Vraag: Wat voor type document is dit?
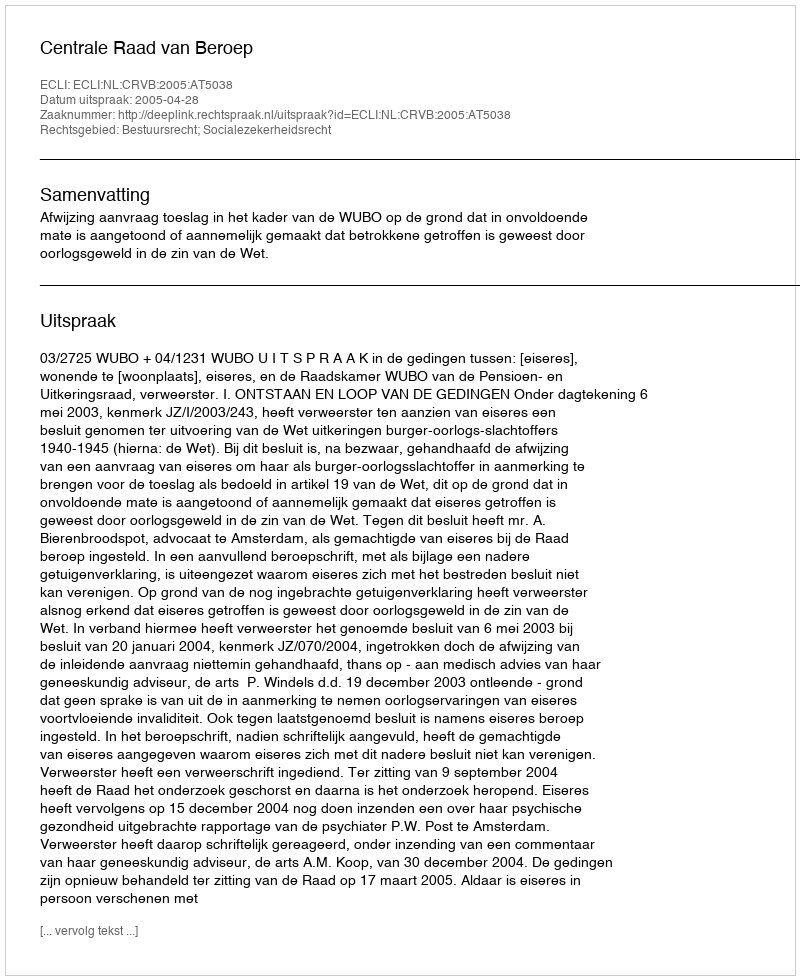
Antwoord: Uitspraak